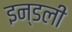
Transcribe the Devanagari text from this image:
इन्डली